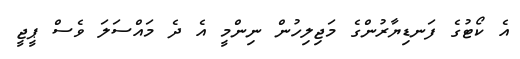
އެ ކޯޓުގެ ފަނޑިޔާރުންގެ މަޖިލިހުން ނިންމީ އެ ދެ މައްސަލަ ވެސް ޕީޖީ